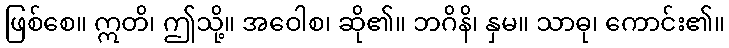
ဖြစ်စေ။ ဣတိ၊ ဤသို့။ အဝေါစ၊ ဆို၏။ ဘဂိနိ၊ နှမ။ သာဓု၊ ကောင်း၏။